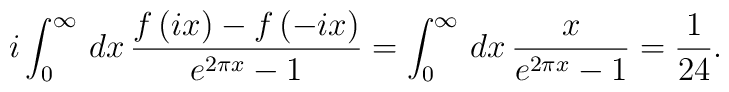
i\int _{0}^{\infty }\, dx\, \frac{f\left( ix\right) -f\left( -ix\right) }{e^{2\pi x}-1}=\int _{0}^{\infty }\, dx\, \frac{x}{e^{2\pi x}-1}=\frac{1}{24}.